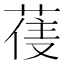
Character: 𮏼